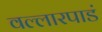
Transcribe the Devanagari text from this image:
वल्लारपाडं